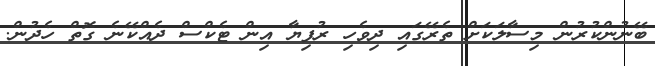
ބޭނުންކުރުން މިސާލަކަށް ތެރޭގައި ދިވެހި ރުފިޔާ އިން ޓެކްސް ދެއްކޭނެ ގޮތް ހެދުން.